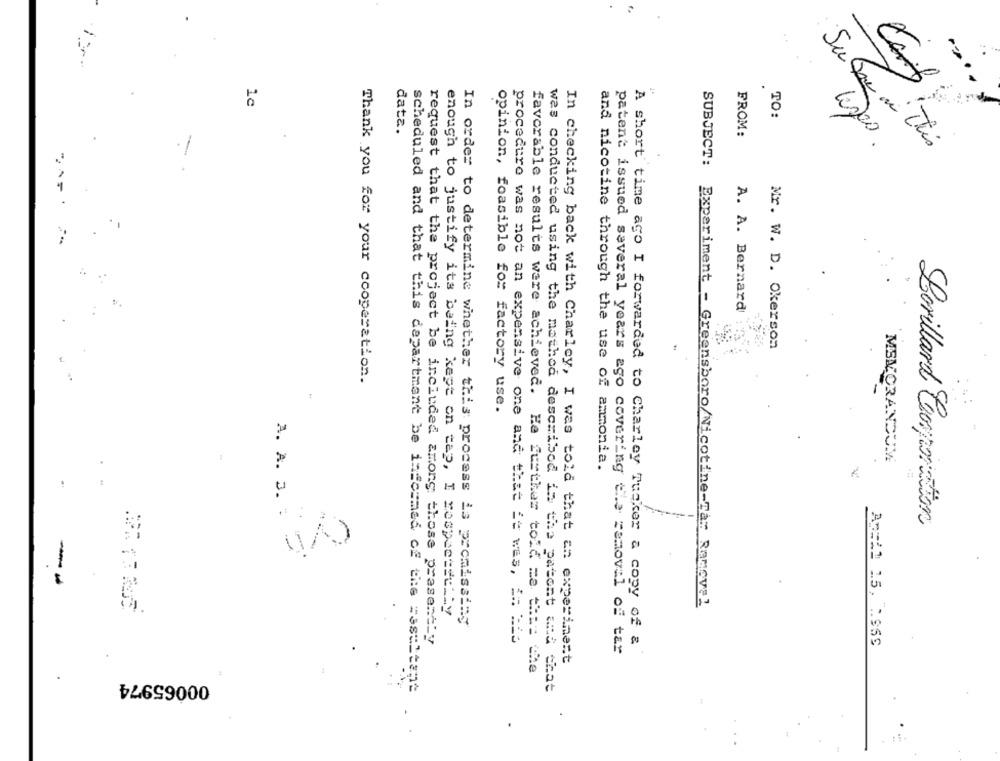
1c
TO:
data.
.
FROM:
Su Tu mi This
A. A. Bernard
Mr. W. D. Okerson
Thank you for your cooperation.
favorable results were achieved.
opinion, feasible for factory use.
MEMORANDUM
and nicotine through the use of ammonia.
A. A. 3.
Lorillard Corporation
-
enough to justify its being kept on tap, I respectfully
SUBJECT: Experiment - Greensboro/Nicotine-Tar Rangvel
In order to determine whether this process is promissing
request that the project be included among those presently
procedure was not an expensive one and that it was, i= = is
A short time ago I forwarded to Charley Tuaker & copy of &
Ar=d1 15, :. 959
patent issued several years ago covering the removal of tar
In checking back with Charley, I was told that an experiment
He further told me that the
00065974
scheduled and that this department be informed of the resultant
was conducted using the mathod described in the patent and that